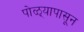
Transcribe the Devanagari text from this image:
पोळ्यापासून